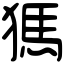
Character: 獁